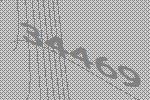
34469